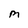
Character: M